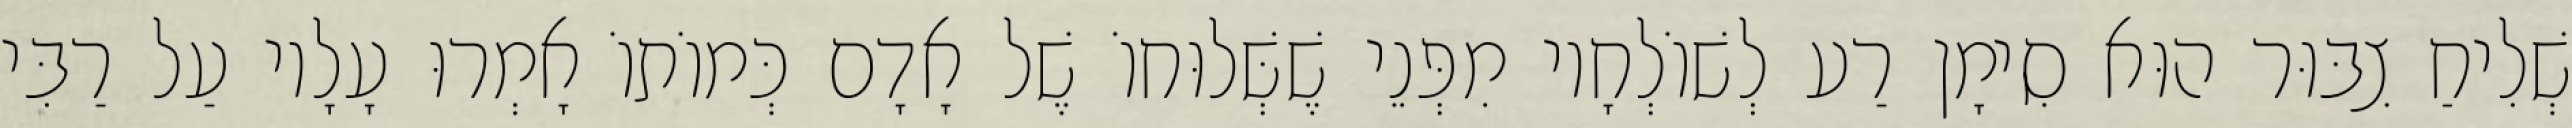
שְׁלִיחַ צִבּוּר הוּא סִימָן רַע לְשׁוֹלְחָיו מִפְּנֵי שֶׁשְּׁלוּחוֹ שֶׁל אָדָם כְּמוֹתוֹ אָמְרוּ עָלָיו עַל רַבִּי